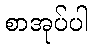
စာအုပ်ပါ